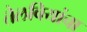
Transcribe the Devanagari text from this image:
तेलबियांचा